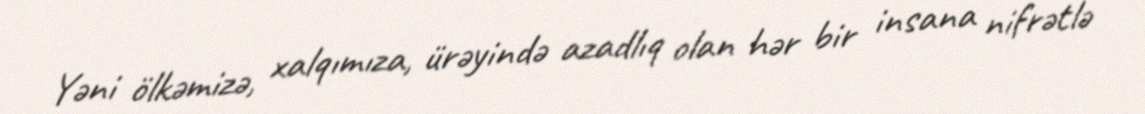
Yəni ölkəmizə, xalqımıza, ürəyində azadlıq olan hər bir insana nifrətlə